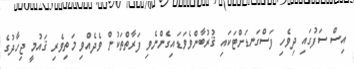
އިސް ސަފުގައި ދިވެހި ފަސްގަނޑަށްޓަކައި ޤުރުބާންވެވަޑައިގެންނެވި ފަރާތްތަކުން ވެދެއްވި މަތިވެރި ޤައުމީ ޖިހާދުގެ